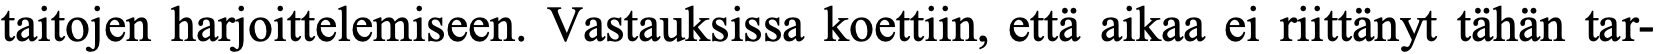
taitojen harjoittelemiseen. Vastauksissa koettiin, että aikaa ei riittänyt tähän tar-